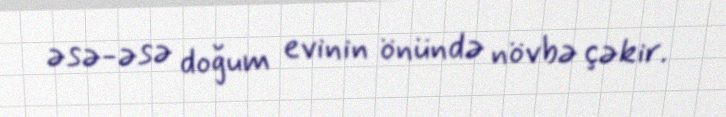
əsə-əsə doğum evinin önündə növbə çəkir.